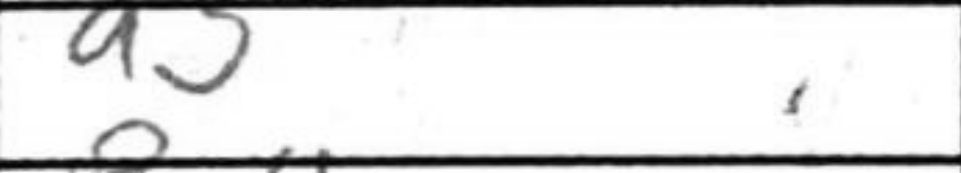
Transcription: a3